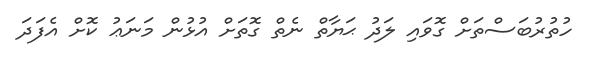
ހުތުރުބަސްތަށް ގޮވައި ލަދު ޙަޔާތް ނެތް ގޮތަށް އުޅުން މަނަޢު ކޮށް އެފަދަ